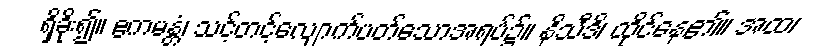
ရှိခိုး၍။ ဧကမန္တံ၊ သင့်တင့်လျောက်ပတ်သောအရပ်၌။ နိသီဒိ၊ ထိုင်နေ၏။ အထ၊